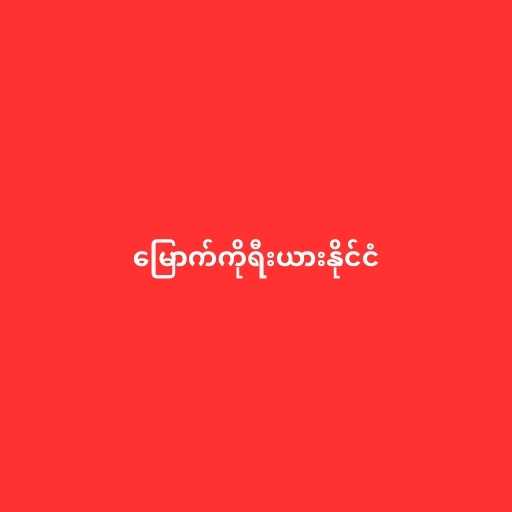
မြောက်ကိုရီးယားနိုင်ငံ